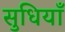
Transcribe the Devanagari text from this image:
सुधियाँ